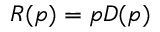
R ( p ) = p D ( p )